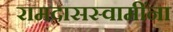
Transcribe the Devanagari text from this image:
रामदासस्वामींना